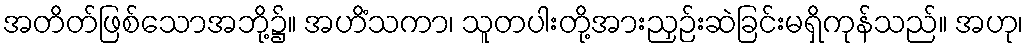
အတိတ်ဖြစ်သောအဘို့၌။ အဟိံသကာ၊ သူတပါးတို့အားညှဉ်းဆဲခြင်းမရှိကုန်သည်။ အဟု၊